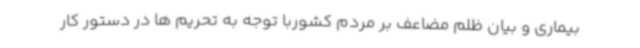
بیماری و بیان ظلم مضاعف بر مردم کشوربا توجه به تحریم ها در دستور کار